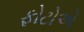
ફોટોએ